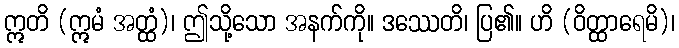
ဣတိ (ဣမံ အတ္ထံ)၊ ဤသို့သော အနက်ကို။ ဒဿေတိ၊ ပြ၏။ ဟိ (ဝိတ္ထာရေမိ)၊